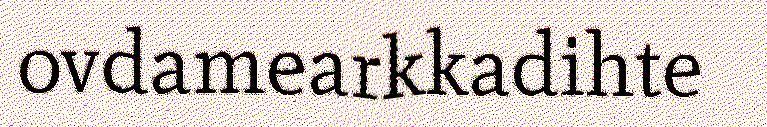
ovdamearkkadihte